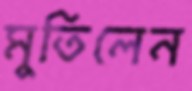
মুতিলেন